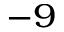
^ { - 9 }